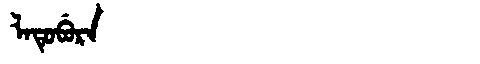
Manchu: ᠯᠠᡨᡠᠪᡠᡵᠠ
Romanization: LATUBURA